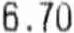
6.70